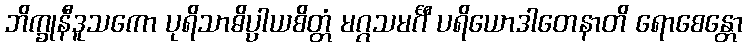
ဘိက္ခုနီဒူသကော ပုရိသာဓိပ္ပါယစိတ္တံ မဂ္ဂသမင်္ဂီ ပရိယောဒါတေနာတိ ရောစေန္တော